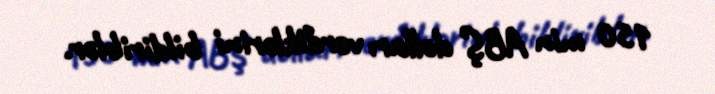
150 min ABŞ dolları verdiklərini bildiriblər.